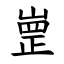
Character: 㟵